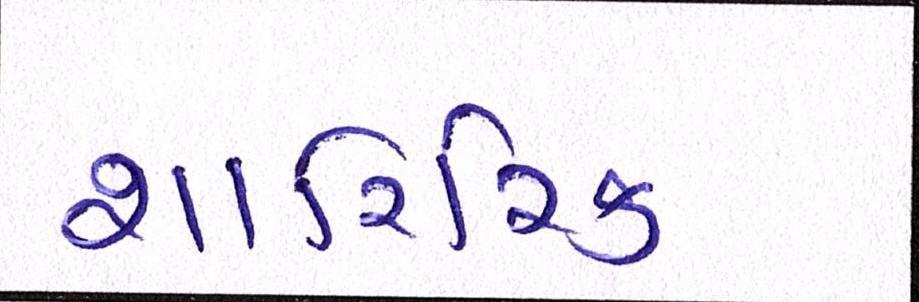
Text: શારિરિક